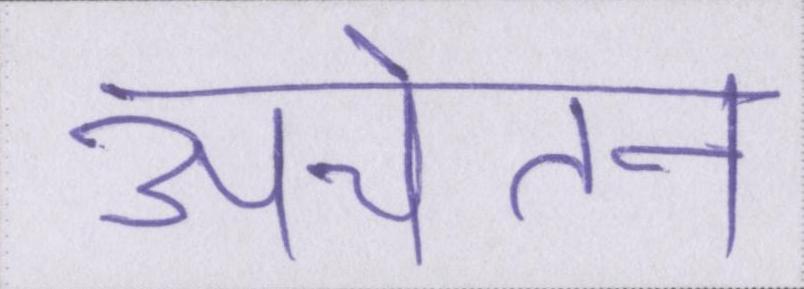
अचेतन